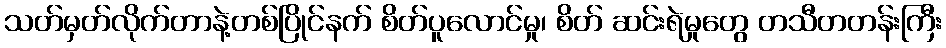
သတ်မှတ်လိုက်တာနဲ့တစ်ပြိုင်နက် စိတ်ပူလောင်မှု၊ စိတ် ဆင်းရဲမှုတွေ တသီတတန်းကြီး